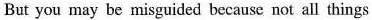
But you may be misgaided because not all things